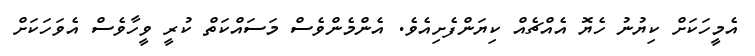
އެމީހަކަށް ކިޔުނު ހެޔޮ އެއްޗެއް ކިޔަންފެށިއެވެ. އެންމެންވެސް މަސައްކަތް ކުރީ ވީހާވެސް އެވަހަކަށް